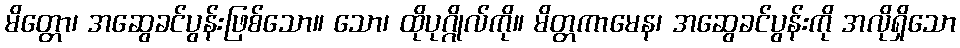
မိတ္တော၊ အဆွေခင်ပွန်းဖြစ်သော။ သော၊ ထိုပုဂ္ဂိုလ်ကို။ မိတ္တကာမေန၊ အဆွေခင်ပွန်းကို အလိုရှိသော